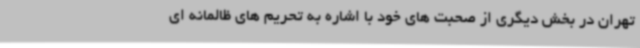
تهران در بخش دیگری از صحبت های خود با اشاره به تحریم های ظالمانه ای